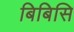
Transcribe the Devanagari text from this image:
बिबिसि